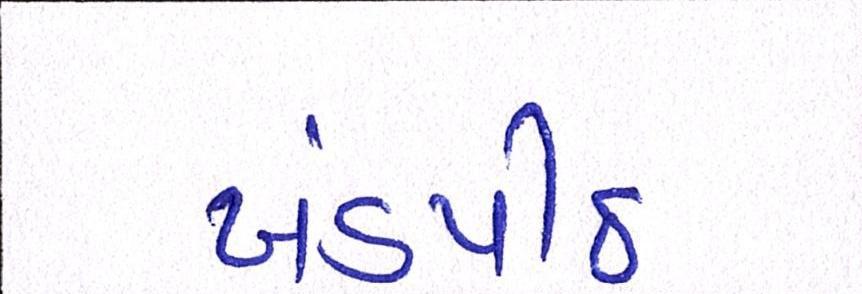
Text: ખંડપીઠ